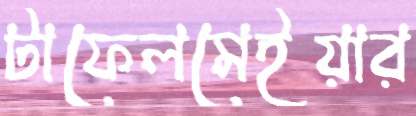
টাফেলমেইয়ার